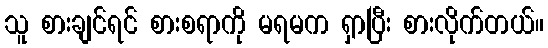
သူ စားချင်ရင် စားစရာကို မရမက ရှာပြီး စားလိုက်တယ်။